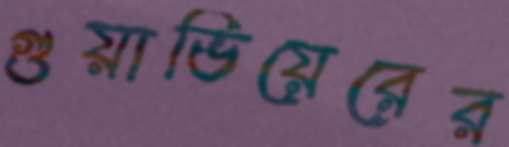
গুয়াভিয়েরের